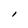
Character: I